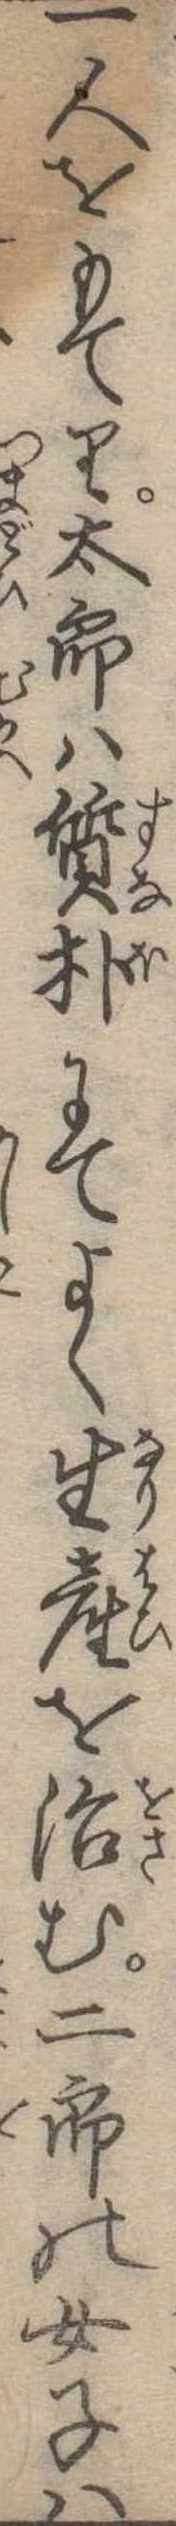
一人をもてり太郎は質朴にてよく生産を治む二郎の女子は